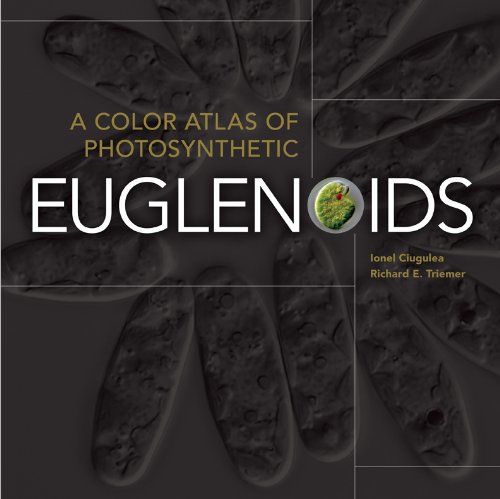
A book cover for A Color Atlas of Photosynthetic Euglenoids; Richard E. Triemer; Science & Math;